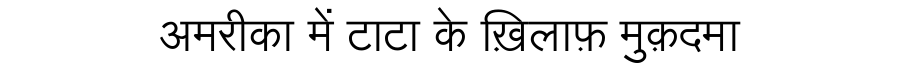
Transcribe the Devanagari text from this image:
अमरीका में टाटा के ख़िलाफ़ मुक़दमा